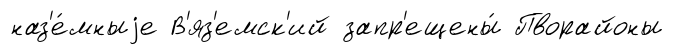
наз'е́мныjе В'яз'емск'ий запр'ещены́ Пворайоны